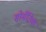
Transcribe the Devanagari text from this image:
सोमॅटिक